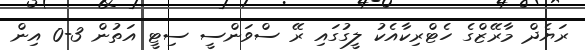
ރަޔެދް މާރޭޒްގެ ހެޓްރިކާއެކު ލީގުގައި ރޭ ސްވަންސީ ސިޓީ އަތުން 3-0 އިން